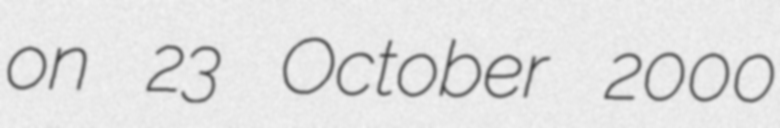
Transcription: on 23 October 2000